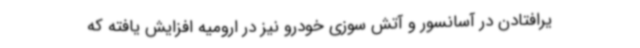
یرافتادن در آسانسور و آتش سوزی خودرو نیز در ارومیه افزایش یافته که